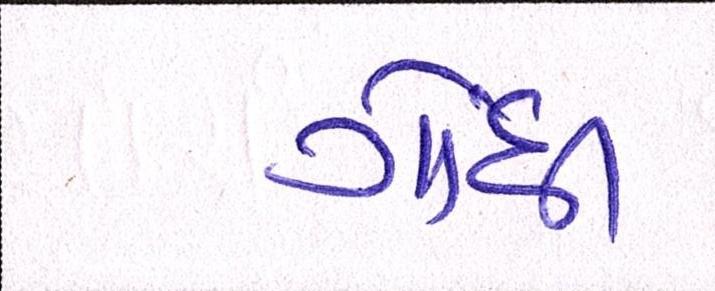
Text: ગોંધી